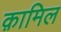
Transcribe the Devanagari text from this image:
क़ामिल